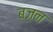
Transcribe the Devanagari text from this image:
बज़न